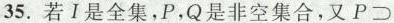
35.若I是全集，P，Q是非空集合，又P \supset